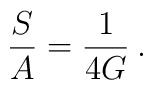
\frac{S}{A} = \frac{1}{4G} \>.